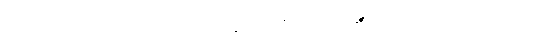
အကြင်အကြင်စကားကို။ ဝက္ခသိ၊ ဆိုတော်မူ၏။ တဝ၊ အရှင်ဘုရား၏။